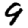
Digit: 9